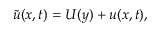
\boldsymbol { \Tilde { u } } ( \boldsymbol { x } , t ) = \boldsymbol { U } ( y ) + \boldsymbol { u } ( \boldsymbol { x } , t ) ,